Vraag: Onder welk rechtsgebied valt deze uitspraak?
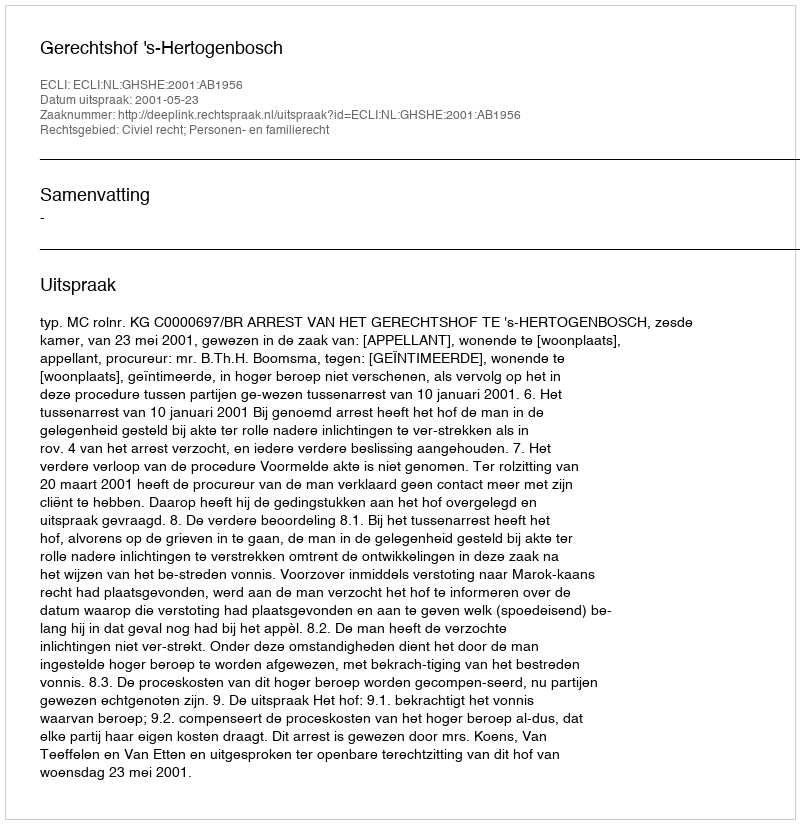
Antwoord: Civiel recht; Personen- en familierecht